Report of the Municipal Commissioner on the plague in Bombay for the year ending 31st May... - Volume 3
Disease focus: Plague
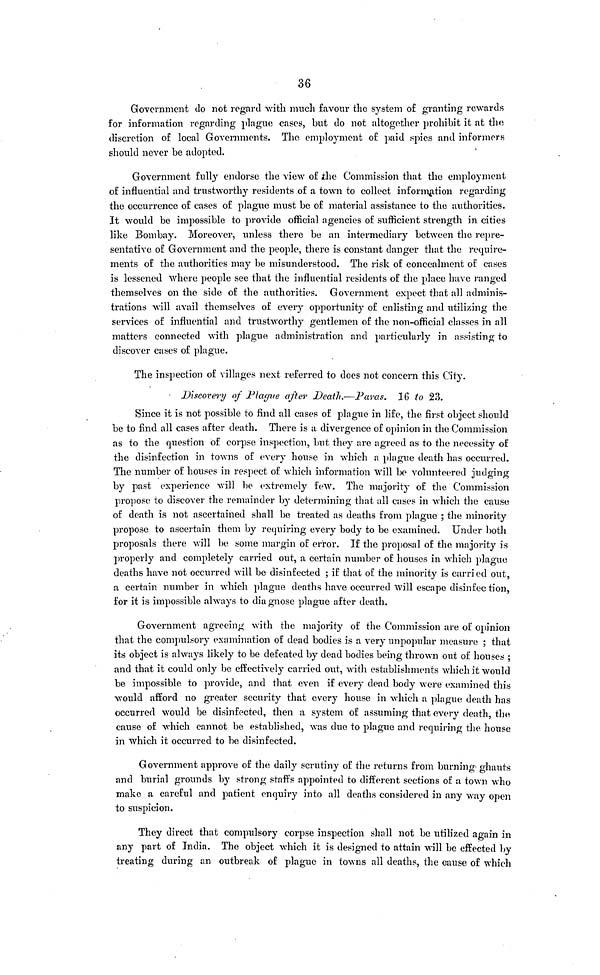
36
Government do not regard with much favour the system of granting rewards
for information regarding plague cases, but do not altogether prohibit it at the
discretion of local Governments. The employment of paid spies and informers
should never be adopted.
Government fully endorse the view of the Commission that the employment
of influential and trustworthy residents of a town to collect information regarding
the occurrence of cases of plague must be of material assistance to the authorities.
It would be impossible to provide official agencies of sufficient strength in cities
like Bombay. Moreover, unless there be an intermediary between the repre-
sentative of Government and the people, there is constant danger that the require-
ments of the authorities may be misunderstood. The risk of concealment of cases
is lessened where people see that the influential residents of the place have ranged
themselves on the side of the authorities. Government expect that all adminis-
trations will avail themselves of every opportunity of enlisting and utilizing the
services of influential and trustworthy gentlemen of the non-official classes in all
matters connected with plague administration and particularly in assisting to
discover cases of plague.
The inspection of villages next referred to does not concern this City.
Discovery of Plague after Death—Paras. 16 to 23.
Since it is not possible to find all cases of plague in life, the first object should
be to find all cases after death. There is a divergence of opinion in the Commission
as to the question of corpse inspection, but they are agreed as to the necessity of
the disinfection in towns of every house in which a plague death has occurred.
The number of houses in respect of which information will be volunteered judging
by past experience will be extremely few. The majority of the Commission
propose to discover the remainder by determining that all cases in which the cause
of death is not ascertained shall be treated as deaths from plague ; the minority
propose to ascertain them by requiring every body to be examined. Under both
proposals there will be some margin of error. If the proposal of the majority is
properly and completely carried out, a certain number of houses in which plague
deaths have not occurred will be disinfected ; if that of the minority is carried out,
a certain number in which plague deaths have occurred will escape disinfection,
for it is impossible always to diagnose plague after death.
Government agreeing with the majority of the Commission are of opinion
that the compulsory examination of dead bodies is a very unpopular measure ; that
its object is always likely to be defeated by dead bodies being thrown out of houses ;
and that it could only be effectively carried out, with establishments which it would
be impossible to provide, and that even if every dead body were examined this
would afford no greater security that every house in which a plague death has
occurred would be disinfected, then a system of assuming that every death, the
cause of which cannot be established, was due to plague and requiring the house
in which it occurred to be disinfected.
Government approve of the daily scrutiny of the returns from burning ghauts
and burial grounds by strong staffs appointed to different sections of a town who
make a careful and patient enquiry into all deaths considered in any way open
to suspicion.
They direct that compulsory corpse inspection shall not be utilized again in
any part of India. The object which it is designed to attain will be effected by
treating during an outbreak of plague in towns all deaths, the cause of which